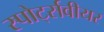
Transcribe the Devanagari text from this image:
स्पोर्ट्सवीयर